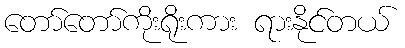
တော်တော်ကိုးရိုးကား ရားနိုင်တယ်